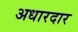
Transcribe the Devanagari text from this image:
अधारदार